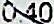
0.40